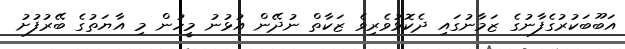
އަބޫބަކުރުގެފާނުގެ ޒަމާނުގައި ދެކޮޅުވެރިވެ ޒަކާތް ނުދޭން އުޅުނު މީހުން މި އާޔަތުގެ ބޭރުފުށު